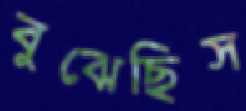
বুঝেছিস